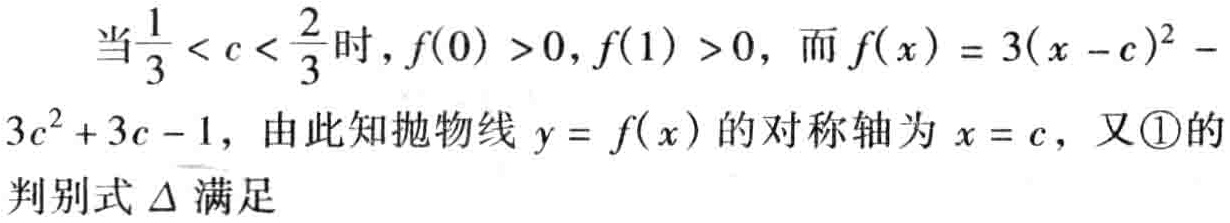
当$\frac{1}{3} < c < \frac{2}{3}$时，$f(0) > 0, f(1) > 0$，而$f(x)=3(x - c)^{2}-3c^{2}+3c - 1$，由此知抛物线$y = f(x)$的对称轴为$x = c$，又\textcircled{1}的判别式$\Delta$满足